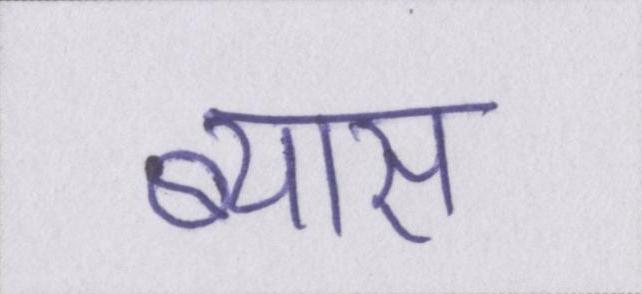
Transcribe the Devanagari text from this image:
ब्यास